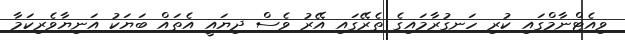
ވިއެޓްނާމްގައި ކުރި ހަނގުރާމައިގެ ތެރޭގައި އޭރު ވެސް ދިޔައީ އެތައް ބަޔަކު އަނިޔާވެރިކަމާ